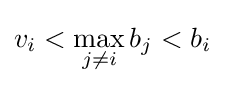
v_{i}<\max _{j\neq i}b_{j}<b_{i}